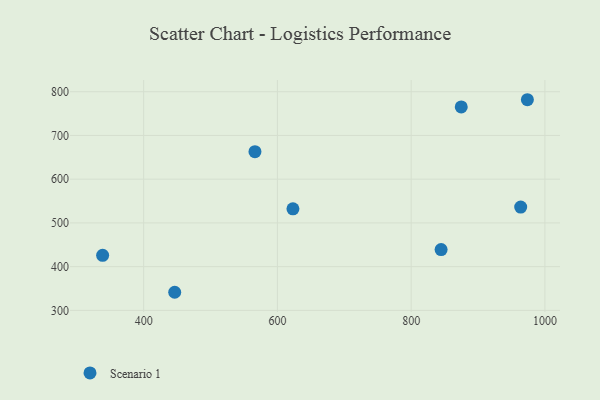
{"axis": {"x": "Experience", "y": "Fuel Efficiency"}, "legend": ["Scenario 1"], "data": [{"x": "963.8", "y": 536.2, "type": "Scenario 1"}, {"x": "446.4", "y": 341.4, "type": "Scenario 1"}, {"x": "566.4", "y": 662.8, "type": "Scenario 1"}, {"x": "623.2", "y": 532.3, "type": "Scenario 1"}, {"x": "338.6", "y": 426.0, "type": "Scenario 1"}, {"x": "844.8", "y": 439.0, "type": "Scenario 1"}, {"x": "874.9", "y": 765.2, "type": "Scenario 1"}, {"x": "973.8", "y": 781.7, "type": "Scenario 1"}]}